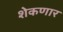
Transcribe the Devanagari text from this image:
शेकणार